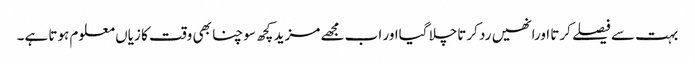
بہت سے فیصلے کرتا اورانھیں رد کرتاچلا گیااور اب مجھے مزید کچھ سوچنا بھی وقت کا زیاں معلوم ہوتا ہے۔